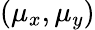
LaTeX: (\mu_{x},\mu_{y})